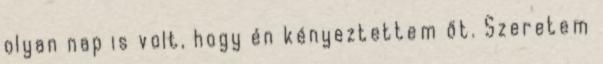
olyan nap is volt, hogy én kényeztettem őt. Szeretem